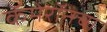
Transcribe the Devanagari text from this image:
कॅमेरॉनचा